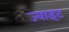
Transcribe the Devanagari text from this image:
ज्‍वाइंट